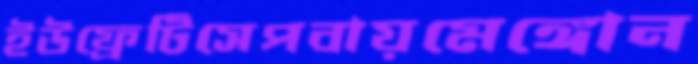
ইউফ্রেটিসেপবায়মেঙ্গোন